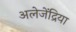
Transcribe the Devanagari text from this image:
अलेजेंद्रिया